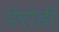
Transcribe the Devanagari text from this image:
पेरोडी